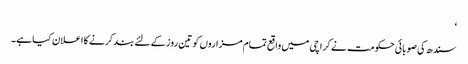
‘
سندھ کی صوبائی حکومت نے کراچی میں واقع تمام مزاروں کو تین روز کے لئے بند کرنے کا اعلان کیا ہے۔